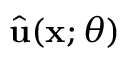
\hat { \mathbf { u } } ( \mathbf { x } ; \theta )